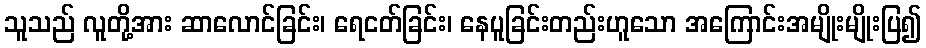
သူသည် လူတို့အား ဆာလောင်ခြင်း၊ ရေငတ်ခြင်း၊ နေပူခြင်းတည်းဟူသော အကြောင်းအမျိုးမျိုးပြ၍